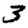
Digit: 3